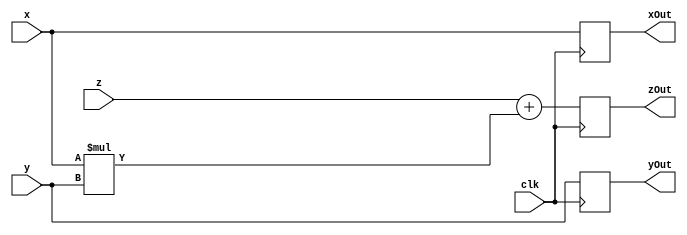
`timescale 1ns / 1ps
//////////////////////////////////////////////////////////////////////////////////
// Company: 
// Engineer: 
// 
// Design Name: 
// Module Name:    basicCell 
// Project Name: 
// Target Devices: 
// Tool versions: 
// Description: 
//
// Dependencies: 
//
// Revision: 
// Revision 0.01 - File Created
// Additional Comments: 
//
//////////////////////////////////////////////////////////////////////////////////
module basicCell(clk,
					  x,y,z,
					  xOut,yOut,zOut);

parameter SZ = 8;
parameter mSZ = 16;

input clk;
input [SZ-1:0]x,y,z;
output [SZ-1:0]xOut,yOut,zOut;

reg [SZ-1:0]xReg = 0;
reg [SZ-1:0]yReg = 0;
reg [SZ-1:0]zReg = 0;

wire [SZ-1:0]c,mS;
wire [mSZ-1:0]m;

assign m = x*y;
//assign mS = (m >> 8);
assign mS = m[7:0];
assign c = z + mS;	//Optimize

always@(posedge clk)
begin
xReg <= x;
yReg <= y;
zReg <= c;
end

assign xOut = xReg;
assign yOut = yReg;
assign zOut = zReg;

endmodule